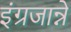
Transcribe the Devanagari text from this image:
इंग्रजान्ने